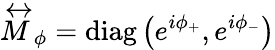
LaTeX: \stackrel{\leftrightarrow}{M}_{\phi}=\mathrm{diag}\left(e^{i\phi_{+}},e^{i\phi_{-}}\right)